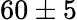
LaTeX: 60\pm 5